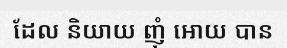
ដែល និយាយ ញុំ អោយ បាន